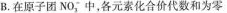
B.在原子团NO_{3}^{-}中，各元素化合价代数和为零